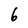
Character: 6